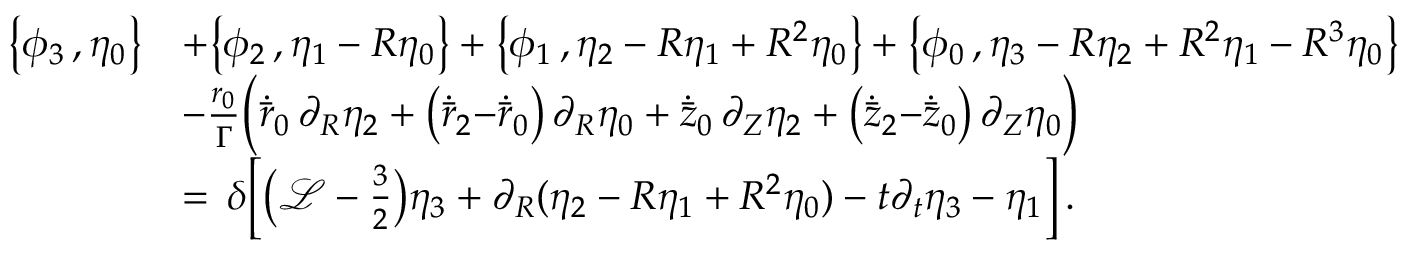
\begin{array} { r l } { \bigl \{ \phi _ { 3 } \, , \eta _ { 0 } \bigr \} } & { + \bigl \{ \phi _ { 2 } \, , \eta _ { 1 } - R \eta _ { 0 } \bigr \} + \bigl \{ \phi _ { 1 } \, , \eta _ { 2 } - R \eta _ { 1 } + R ^ { 2 } \eta _ { 0 } \bigr \} + \bigl \{ \phi _ { 0 } \, , \eta _ { 3 } - R \eta _ { 2 } + R ^ { 2 } \eta _ { 1 } - R ^ { 3 } \eta _ { 0 } \bigr \} } \\ & { - \frac { r _ { 0 } } { \Gamma } \Bigl ( \dot { \bar { r } } _ { 0 } \, \partial _ { R } \eta _ { 2 } + \bigl ( \dot { \bar { r } } _ { 2 } { - } \dot { \bar { r } } _ { 0 } \bigr ) \, \partial _ { R } \eta _ { 0 } + \dot { \bar { z } } _ { 0 } \, \partial _ { Z } \eta _ { 2 } + \bigl ( \dot { \bar { z } } _ { 2 } { - } \dot { \bar { z } } _ { 0 } \bigr ) \, \partial _ { Z } \eta _ { 0 } \Bigr ) } \\ { \, } & { = \, \delta \Bigl [ \bigl ( \mathcal { L } - { \textstyle \frac { 3 } { 2 } } \bigr ) \eta _ { 3 } + \partial _ { R } ( \eta _ { 2 } - R \eta _ { 1 } + R ^ { 2 } \eta _ { 0 } ) - t \partial _ { t } \eta _ { 3 } - \eta _ { 1 } \Bigr ] \, . } \end{array}